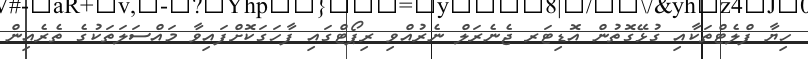
ހިޔާ ފްލެޓްތަކާއި ގުޅޭގޮތުން އޮޑިޓަރ ޖެނެރަލް ނެރުއްވި ރިޕޯޓްގައި ފާހަގަކޮށްފައިވާ މައްސަލަތަކުގެ ތެރެއިން